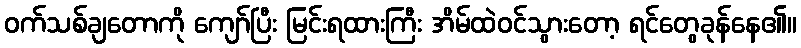
ဝက်သစ်ချတောကို ကျော်ပြီး မြင်းရထားကြီး အိမ်ထဲဝင်သွားတော့ ရင်တွေခုန်နေ၏။